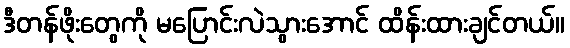
ဒီတန်ဖိုးတွေကို မပြောင်းလဲသွားအောင် ထိန်းထားချင်တယ်။